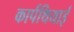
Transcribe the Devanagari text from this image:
कार्पथियाई